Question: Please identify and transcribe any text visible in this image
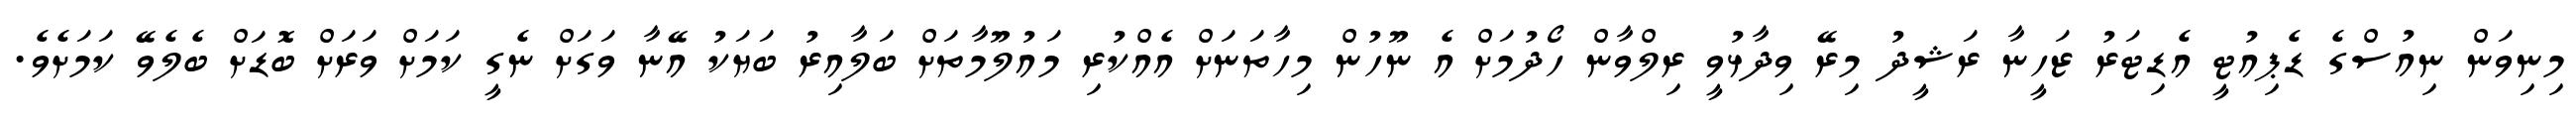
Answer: މިނިވަން ނިއުސްގެ ޑެޕިއުޓީ އެޑިޓަރު ޒަހީނާ ރަޝީދު މިރޭ ވިދާޅުވީ ރިލްވާން ހޯދުމަށް އެ ނޫހުން މިހާތަނަށް އެއްކުރި މައުލޫމާތަށް ބަލާއިރު ބަޔަކު އޭނާ ވަގަށް ނެގީ ކަމަށް ވަރަށް ބޮޑަށް ބެލެވޭ ކަމަށެވެ.